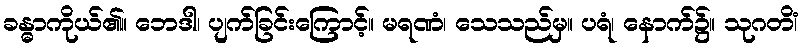
ခန္ဓာကိုယ်၏။ ဘေဒါ၊ ပျက်ခြင်းကြောင့်။ မရဏံ၊ သေသည်မှ။ ပရံ၊ နောက်၌။ သုဂတိံ၊